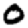
Digit: 0